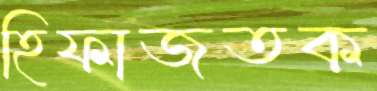
হিফাজতক